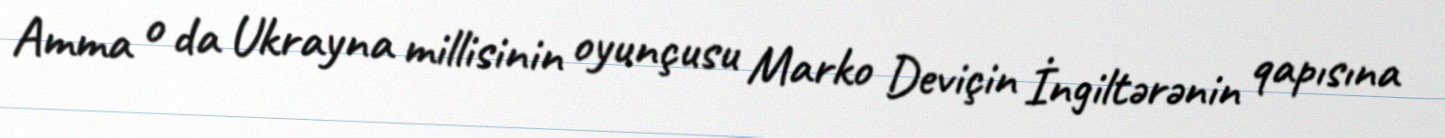
Amma o da Ukrayna millisinin oyunçusu Marko Deviçin İngiltərənin qapısına